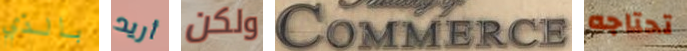
بالذي أريد ولكن Commerce تحتاجه